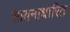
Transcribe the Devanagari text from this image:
सायनाधारित